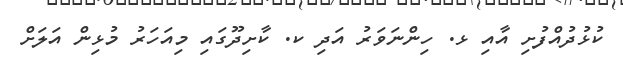
ކުޅުދުއްފުށި އާއި ޅ. ހިންނަވަރު އަދި ކ. ކާށިދޫގައި މިއަހަރު މުޅިން އަލަށް